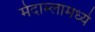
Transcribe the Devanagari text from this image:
मेदाम्लामध्ये